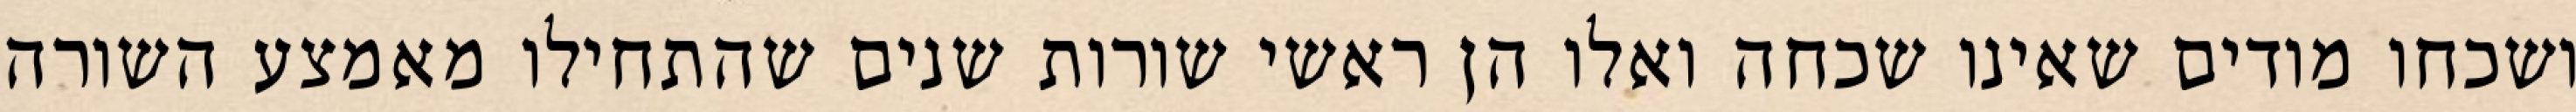
ושכחו מודים שאינו שכחה ואלו הן ראשי שורות שנים שהתחילו מאמצע השורה